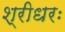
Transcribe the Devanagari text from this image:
श्रीधरः